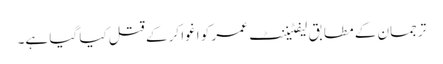
ترجمان کے مطابق لیفٹیننٹ عمر کو اغوا کر کے قتل کیا گیا ہے۔